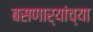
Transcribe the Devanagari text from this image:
बसणार्‍यांच्या